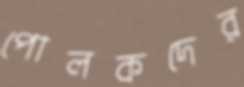
পোলকদের